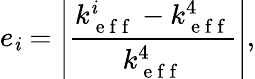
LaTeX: e_{\mathit{i}}=\left|\frac{{k_{\mathrm{{~e~f~f~}}}^{\mathit{i}}-k_{\mathrm{{~e~f~f~}}}^{4}}}{{k_{\mathrm{{~e~f~f~}}}^{4}}}\right|,